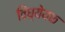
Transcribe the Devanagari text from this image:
विध्येयक